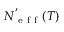
N _ { \mathrm { ~ e ~ f ~ f ~ } } ^ { ' } ( T )